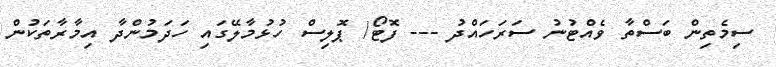
ސިމެތިން ބަސްތާ ވެއްޓުނު ސަރަހައްދު --- ފޮޓޯ/ ޕޮލިސް ހުޅުމާލޭގައި ހަދަމުންދާ އިމާރާތަކުން